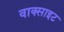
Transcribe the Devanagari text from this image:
वाक्साइट